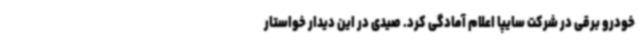
خودرو برقی در شرکت سایپا اعلام آمادگی کرد. صیدی در این دیدار خواستار